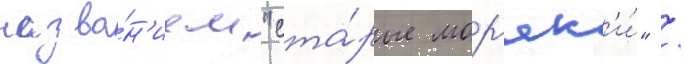
назва́н'ием "ста́рые мор'як'и́" /